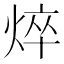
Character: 焠